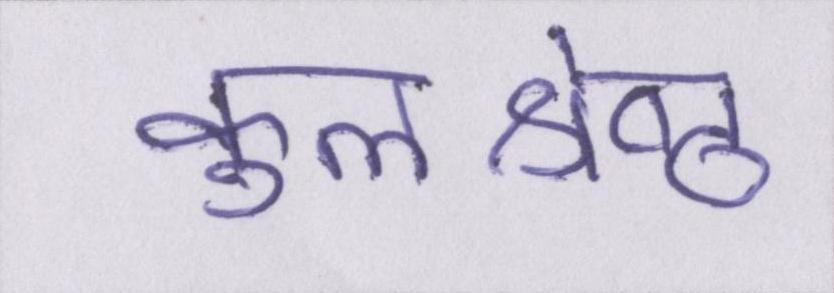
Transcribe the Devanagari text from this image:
कुलश्रेष्ठ